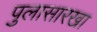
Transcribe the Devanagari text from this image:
पुलासारखा